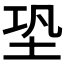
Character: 𡊼